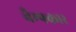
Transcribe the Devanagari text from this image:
चैम्पकार